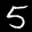
Label: 5